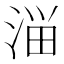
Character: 𰜈